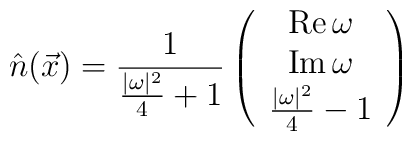
\hat{n}(\vec{x})=\frac{1}{\frac{|\omega |^{2}}{4} +1}\left(\begin{array}{ccc} \textrm{Re}\,\omega \\ \textrm{Im}\,\omega \\ \frac{|\omega|^{2}}{4} -1 \end{array}\right)